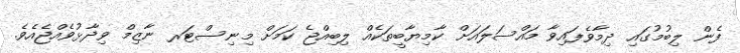
ފެން ލިބުމުގައި ދިމާވެފައިވާ މައްސަލައަށް ކާމިޔާބީތަކެއް ލިބިއްޖެ ކަމަށް މިނިސްޓަރ ނާޒިމް ވިދާޅުވެއްޖެއެވެ.